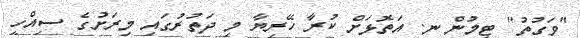
"ވަގުތު" ޓީމުން ނ. އަތޮޅަށް ކުރާ ހޭރިޔާ މި ދަތުރުގައި މިރަށުގެ ސިއްހީ